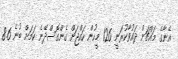
އޭނާގެ މައްޗަށް ދައުވާކުރަނީ 126 މީހުން ހައްޖަށް ގެންގޮސްދޭނެ ކަމަށް ބުނެ 8.6